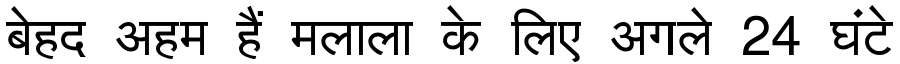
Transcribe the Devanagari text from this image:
बेहद अहम हैं मलाला के लिए अगले 24 घंटे